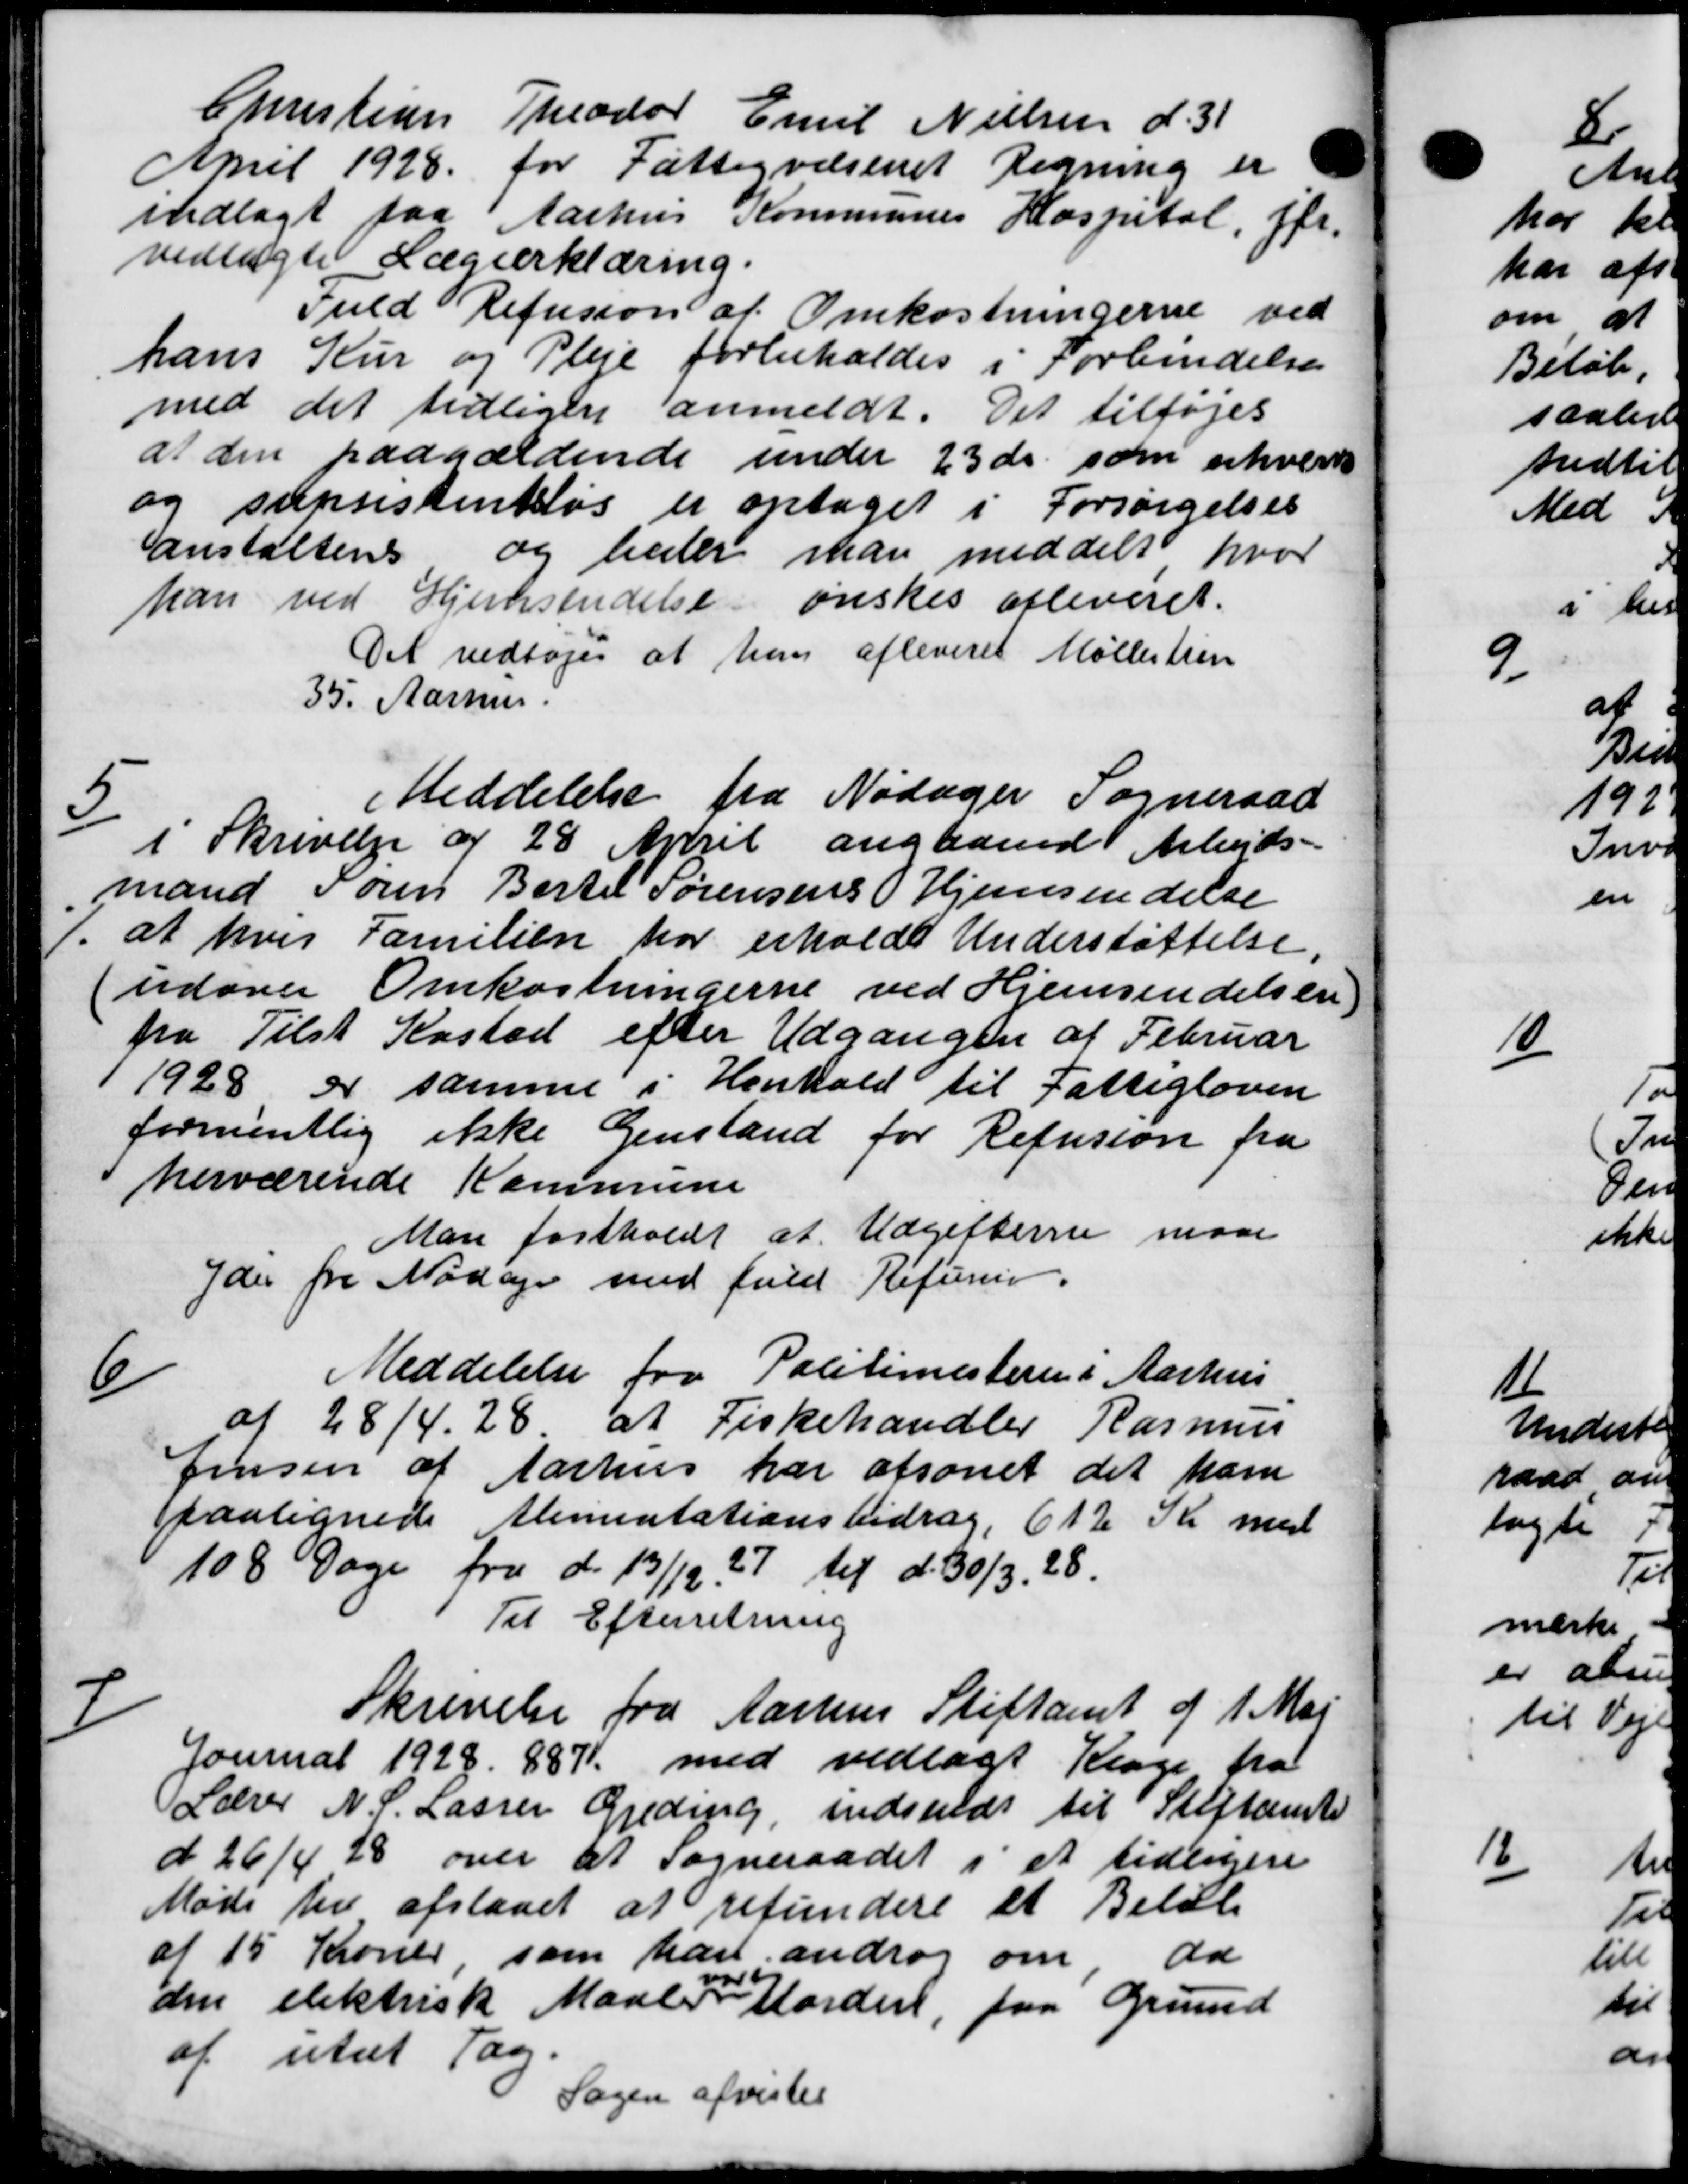
Transskription:
Christian Theodor Emil Nielsen d. 31
April 1928 for Fattigvæsenet Regning er
indlagt paa Aarhus Kommunes Hospital, ffr.
vedtægte Lægeerklæring.
Fuld Refusion af Omkostningerne ved
hans Kur og Pleje forbeholdes i Forbindelse
med det tidligere anmeldt. Det tilføjes
at den paagældende under 23 ds. som erhvervs
og supsistenkløs er optaget i Forsørgelses
anstaltens og heder man meddelt hvor
han ved Hjemsendelse ønskes afleveret.
Det vedtoges at han afleveret Møllertien
35. Aarhus.
5
Meddelelse fra Nødager Sogneraad
I Skrivelse af 28 April angaaende Arbejds-
mand Søren Bertel Sørensens Hjemsendelse
1. at hver Familien har erholdt Understøttelse
(udover Omkostningerne ved Hjemsendelsen
fra Tilst Kasted efter Udgangen af Februar
1928 er samme i Henhold til Fattigloven
formentlig ikke Genstand for Refusion fra
herværende Kommune
Man fastholdt at Udgifterne maa
yder fra Mødage med fuld Refusion.
6/
Meddelelse fra Politimesterens Aarhus
af 28/4. 28. at Fiskehandler Rasmus
Jensen af Aarhus har afsonet det ham
paalignede Alimentationsbidrag 612 Kr med
108 Dage fra d. 13/12 37 til d. 30/3. 28.
Til Efterretning

Skrivelse fra Aarhus Stiftamt af 1 Maj
Journal 1928. 887 med vedlagt Klage fra
Lærer N. C. Lassen Gjeding, indsendt til Stiftamte
d 26/4 28 over at Sogneraadet i et tidligere
Møde der afstaaet at refundere et Beløb
af 15 Kroner, som han androg om da
den elektrisk Maaler
10
storden, paa Grund
af utæt Tag.
Sagen afvistes